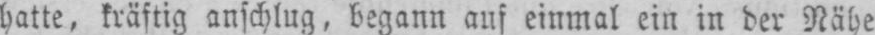
batte, kräftig anschlug, begann auf einmal ein in der Nähe